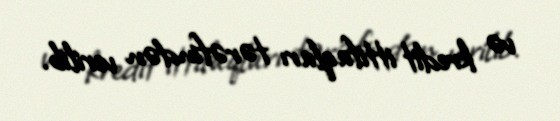
və kredit ittifaqları tərəfindən verilib.